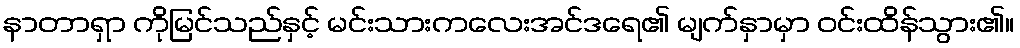
နာတာရှာ ကိုမြင်သည်နှင့် မင်းသားကလေးအင်ဒရေ၏ မျက်နှာမှာ ဝင်းထိန်သွား၏။